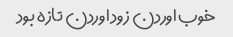
خوب اوردن زود اوردن تازه بود